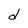
Character: d